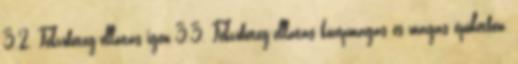
3.2. Fekvõbeteg-ellátás igen 3.3. Fekvõbeteg-ellátás középmagas és magas épületben,